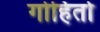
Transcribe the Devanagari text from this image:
गोहितो